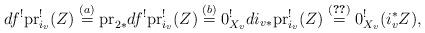
LaTeX: \begin{align*}df^!{\rm pr}^!_{i_v}(Z)&\overset{(a)}{=}{\rm pr}_{2\ast} df^!{\rm pr}^!_{i_v}(Z)\overset{(b)}{=}0_{X_v}^!di_{v\ast}{\rm pr}_{i_v}^!(Z)\overset{\eqref{eq:pullbackCCdef}}{=}0_{X_v}^!(i_v^\ast Z),\end{align*}